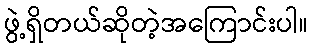
ဖွဲ့ရှိတယ်ဆိုတဲ့အကြောင်းပါ။